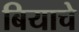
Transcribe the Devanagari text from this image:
बियाचे